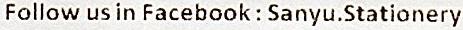
FOLLOW US IN FACEBOOK : SANYU.STATIONERY